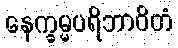
နေက္ခမ္မပရိဘာဝိတံ